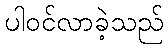
ပါဝင်လာခဲ့သည်